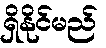
ရှိနိုင်မည်